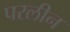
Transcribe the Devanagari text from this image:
परलीन